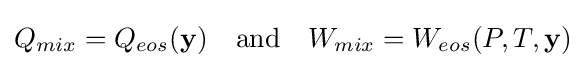
Q_{mix}=Q_{eos}(\mathbf {y} )\quad {\text{and}}\quad W_{mix}=W_{eos}(P,T,\mathbf {y} )